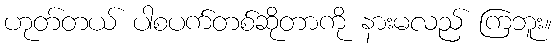
ဟုတ်တယ် ပါစပက်တစ်ဆိုတာကို နားမလည် ကြဘူး။